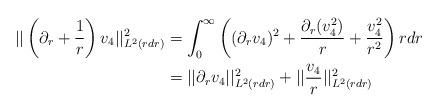
LaTeX: \begin{align*} ||\left(\partial_{r}+\frac{1}{r}\right)v_{4}||_{L^{2}(r dr)}^{2} &= \int_{0}^{\infty} \left((\partial_{r} v_{4})^{2}+ \frac{\partial_{r}(v_{4}^{2})}{r} + \frac{v_{4}^{2}}{r^{2}}\right) r dr\\&=||\partial_{r}v_{4}||_{L^{2}(r dr)}^{2}+||\frac{v_{4}}{r}||_{L^{2}(r dr)}^{2}\end{align*}